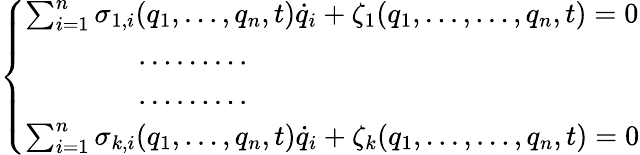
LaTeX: \left\{ \begin{array}{l}{\sum_{i=1}^{n}\sigma_{1,i}(q_{1},\dots,q_{n},t){\dot{q}}_{i}+\zeta_{1}(q_{1},\dots,\dots,q_{n},t)=0}\\ {\qquad\qquad\dots\dots\dots}\\ {\qquad\qquad\dots\dots\dots}\\ {\sum_{i=1}^{n}\sigma_{k,i}(q_{1},\dots,q_{n},t){\dot{q}}_{i}+\zeta_{k}(q_{1},\dots,\dots,q_{n},t)=0}\end{array}\right.